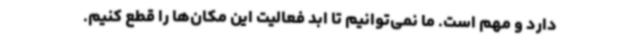
دارد و مهم است. ما نمی‌توانیم تا ابد فعالیت این مکان‌ها را قطع کنیم.